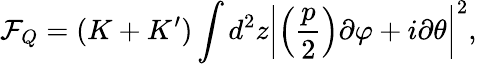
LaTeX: \mathcal F_{Q}=(K+K^{\prime})\int d^{2}z\left|\left(\frac{p}{2}\right)\partial\varphi+i\partial\theta\right|^{2},